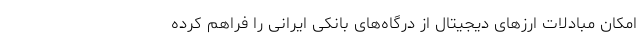
امکان مبادلات ارزهای دیجیتال از درگاه‌های بانکی ایرانی را فراهم کرده